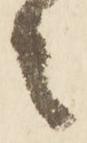
々